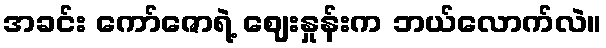
အခင်း ကော်ဇောရဲ့ ဈေးနှုန်းက ဘယ်လောက်လဲ။